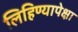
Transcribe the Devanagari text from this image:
लिहिण्यापेक्षा